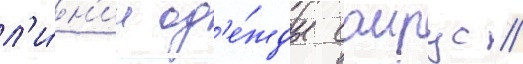
л'и́н'ии од'е́жды саирус //